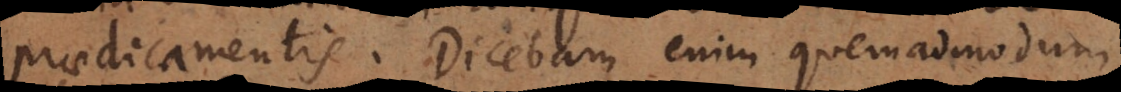
praedicamentis. Dicebam enim quemadmodum